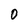
Character: O